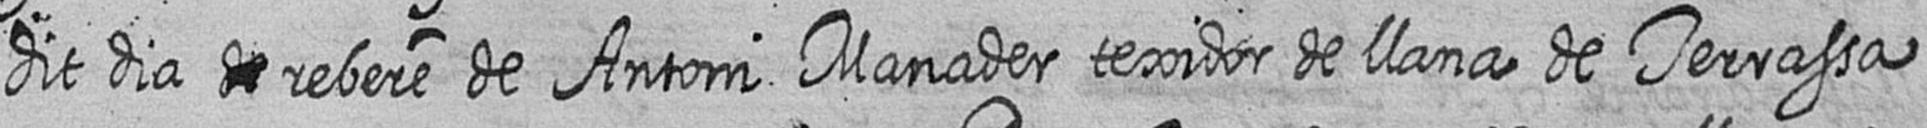
dit dia # rebere de Antoni Manader texidor de llana de Terrassa